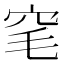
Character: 𬔆